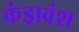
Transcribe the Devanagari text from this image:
कंड्रावंश